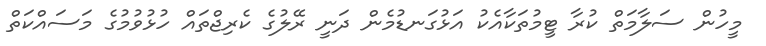
މީހުން ސަލާމަތް ކުރާ ޓީމުތަކާއެކު އަޅުގަނޑުމެން ދަނީ ރޭލުގެ ކެރިޖްތައް ހުޅުވުމުގެ މަސައްކަތް